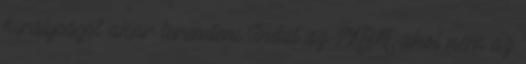
királyságot akar teremteni Indul az NBA, ahol nem az